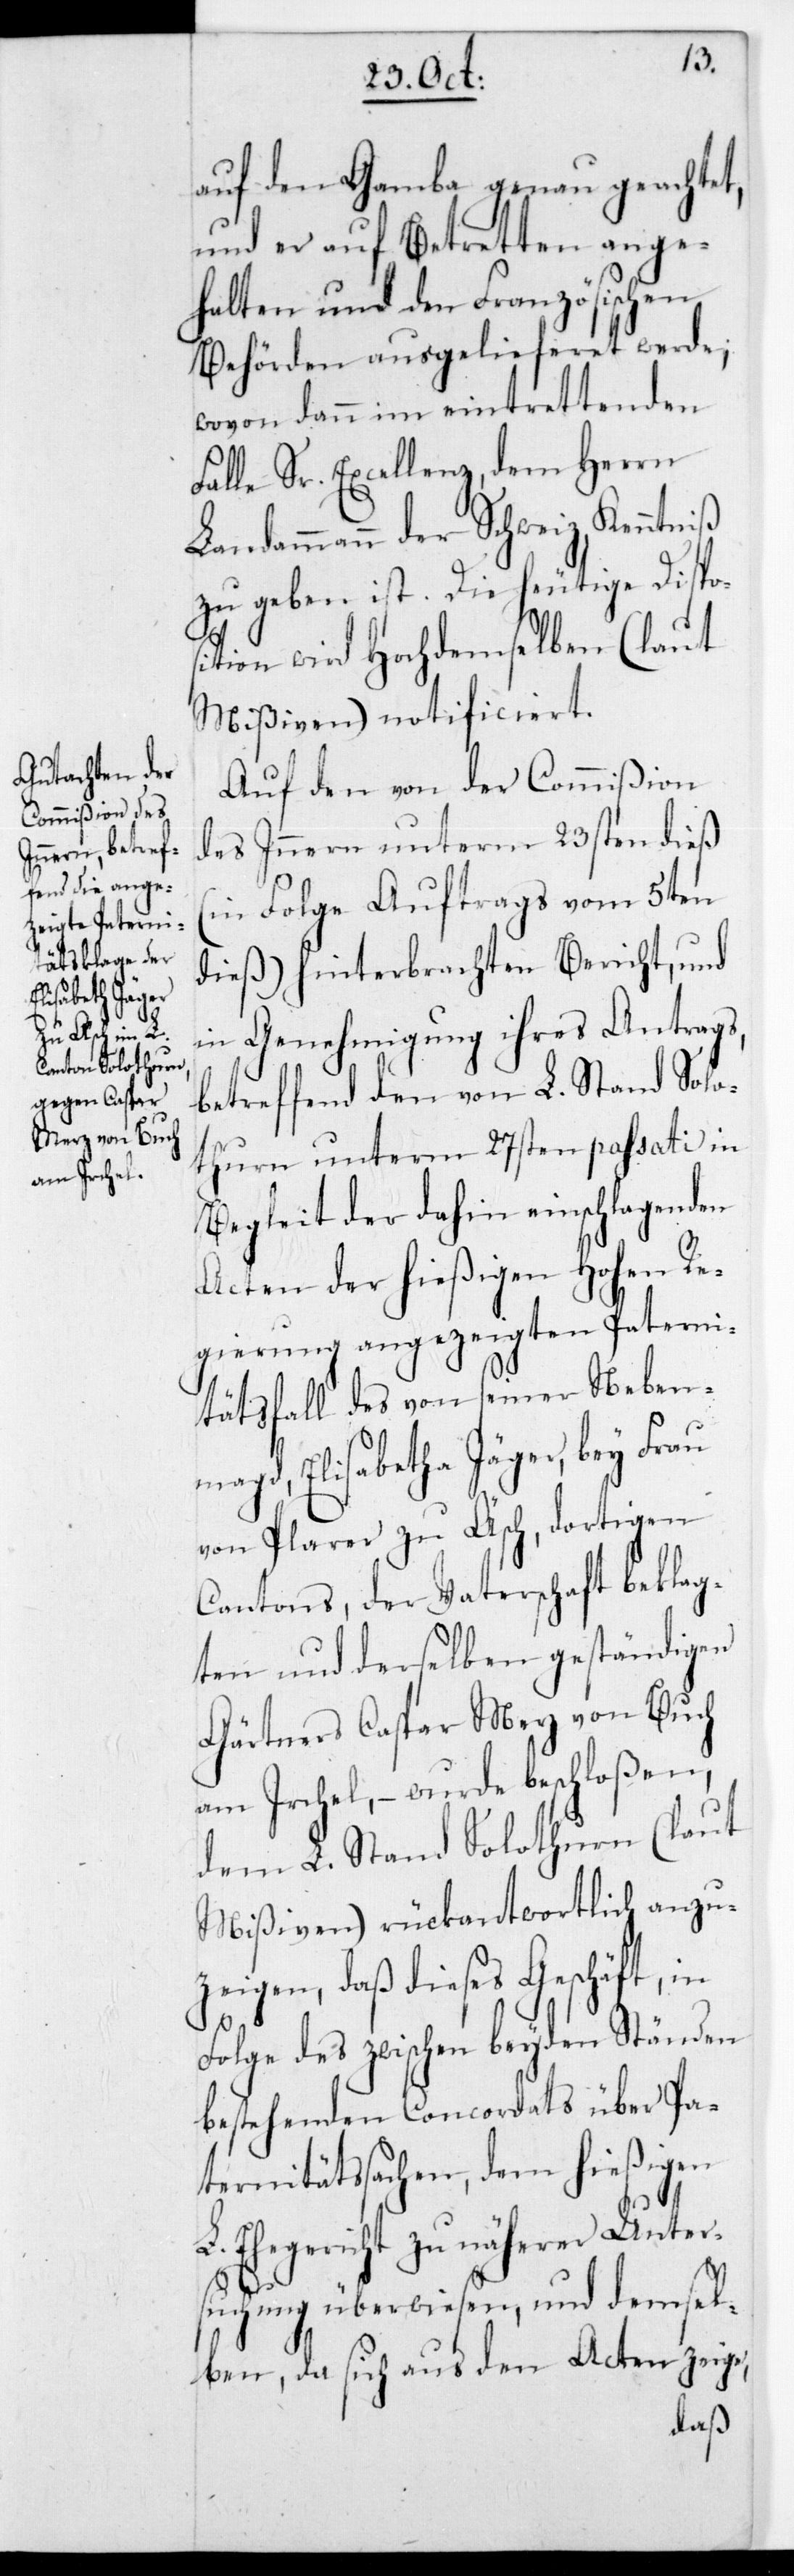
auf den Gamba genau geachtet,
und er auf Betretten ange¬
halten und den Französischen
Behörden ausgelieferet werde;
wovon dann im eintrettenden
Falle Sr. Excellenz dem Herrn
Landammann der Schweiz,
zu geben ist. Die heutige Dispos¬
ition wird Hochdemselben (laut
Mißiven) notificiert.
Auf den von der Commißion
des Inneren unterm 23sten dieß
(in Folge Auftrags vom 5ten
dieß) hinterbrachten Bericht, und
in Genehmigung ihres Antrags,
betreffend den von L. Stand Solo¬
thurn unterm 27sten passati in
Begleit der dahin einschlagenden
Acten der hießigen Hohen Re¬
gierung angezeigten Paterni¬
tätsfall des von seiner Nebenm¬
agd, Elisabetha Jäger, bey Frau
von Plarer zu Äsch, dortigen
Cantons, der Vaterschaft beklag¬
ten und derselben geständigen
Gärtners Caspar Merz von Buch
am Irchel, – wurde beschloßen,
dem L. Stand Solothurn (laut
Mißiven) rückantwortlich anzu¬
zeigen, daß dieses Geschäft, in
Folge des zwischen beyden Ständen
bestehenden Concordats über Pa¬
ternitätssachen, dem hießigen
L. Ehegericht zu näherer Unter¬
suchung überwiesen, und demsel¬
ben, da sich aus den Acten zeige,